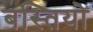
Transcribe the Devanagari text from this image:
बस्‍तियो